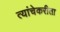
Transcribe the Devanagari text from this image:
त्यांचेकरीता